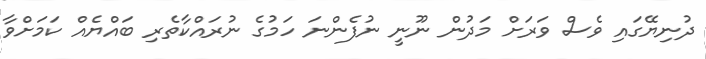
ދުނިޔޭގައި ވެސް ވަރަށް މަދުން ނޫނީ ނުފެންނަ ހަމުގެ ނުރައްކާތެރި ބައްޔެއް ކަމަށްވާ